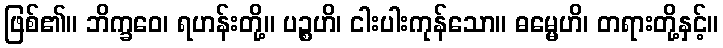
ဖြစ်၏။ ဘိက္ခဝေ၊ ရဟန်းတို့။ ပဉ္စဟိ၊ ငါးပါးကုန်သော။ ဓမ္မေဟိ၊ တရားတို့နှင့်။